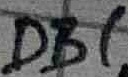
Text: DB1